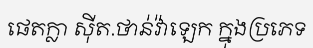
ផេតក្លា ស៊ីត.ថាន់វ៉ាឡេក ក្នុងប្រភេទ